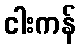
ငါးကန်